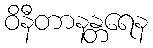
ဝိနီတာနန္တရေန